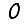
Digit: 0